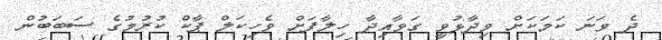
ދެ ވަނަ ކަމަކަށް ވިދާޅުވީ ގަވާއިދާ ހިލާފަށް ވެހިކަލް ޕާކް ކުރުމުގެ ސަބަބުން